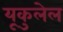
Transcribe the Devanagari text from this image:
यूकुलेल